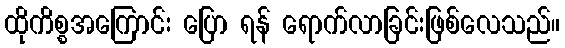
ထိုကိစ္စအကြောင်း ပြော ရန် ရောက်လာခြင်းဖြစ်လေသည်။